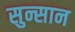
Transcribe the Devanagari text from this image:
सुन्सान